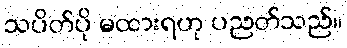
သပိတ်ပို မထားရဟု ပညတ်သည်။